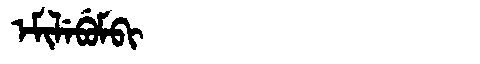
Manchu: ᡝᠮᡳᠯᡝᠪᡠᠮᠪᡳ
Romanization: EMILEBUMBI